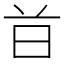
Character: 𣅑